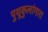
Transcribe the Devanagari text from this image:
पुथूकुलांगारा